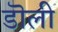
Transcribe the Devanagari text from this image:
डॊली